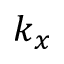
k _ { x }